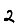
Digit: 2